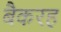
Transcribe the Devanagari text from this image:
बैकरह